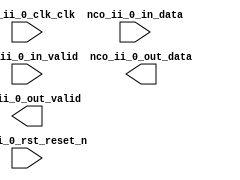

module NCO_tb (
	nco_ii_0_rst_reset_n,
	nco_ii_0_clk_clk,
	nco_ii_0_in_valid,
	nco_ii_0_in_data,
	nco_ii_0_out_data,
	nco_ii_0_out_valid);	

	input		nco_ii_0_rst_reset_n;
	input		nco_ii_0_clk_clk;
	input		nco_ii_0_in_valid;
	input	[15:0]	nco_ii_0_in_data;
	output	[23:0]	nco_ii_0_out_data;
	output		nco_ii_0_out_valid;
endmodule